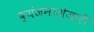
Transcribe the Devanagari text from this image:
व्यंजनाशेजारी